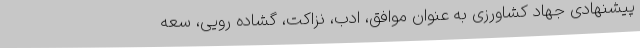
پیشنهادی جهاد کشاورزی به عنوان موافق، ادب، نزاکت، گشاده رویی، سعه